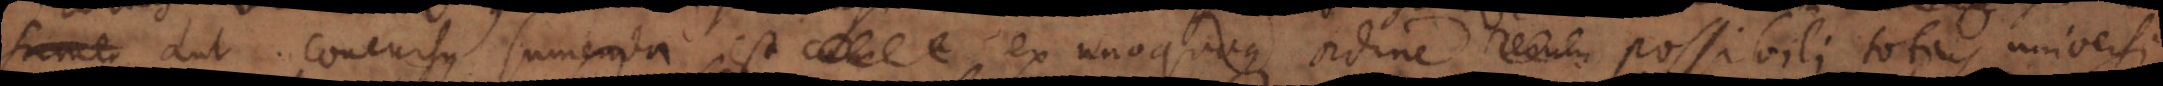
aut concursus sumenda est ex unoquoque ordine rerum possibili totius universi.